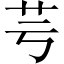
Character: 芌